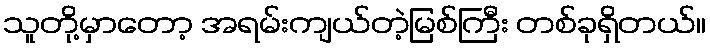
သူတို့မှာတော့ အရမ်းကျယ်တဲ့မြစ်ကြီး တစ်ခုရှိတယ်။